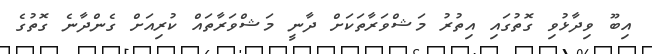
އިބޫ ވިދާޅުވި ގޮތުގައި އިތުރު މަޝްވަރާތަކަށް ދާނީ މަޝްވަރާތައް ކުރިއަށް ގެންދާނެ ގޮތުގެ